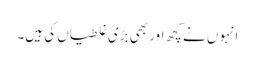
انہوں نے کچھ اور بھی بڑی غلطیاں کی ہیں۔